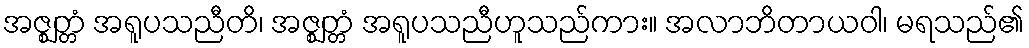
အဇ္ဈတ္တံ အရူပသညီတိ၊ အဇ္ဈတ္တံ အရူပသညီဟူသည်ကား။ အလာဘိတာယဝါ၊ မရသည်၏